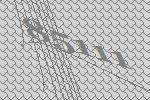
85111